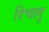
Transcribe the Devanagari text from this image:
रिचलु